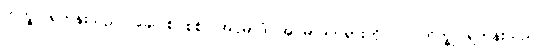
ဘိက္ခု၊ ရဟန်းသည်။ ခေါ၊ စင်စစ်။ အပ္ပမာဒံ၊ အပ္ပမာဒတရားကို။ ပ။ ဘိက္ခု၊ ရဟန်းသည်။